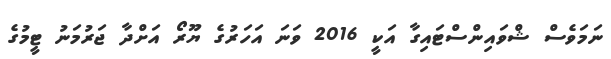
ނަމަވެސް ޝްވައިންސްޓައިގާ އަކީ 2016 ވަނަ އަހަރުގެ ޔޫރޯ އަށްދާ ޖަރުމަނު ޓީމުގެ